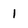
Character: 1